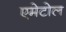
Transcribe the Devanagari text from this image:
एमेटोल